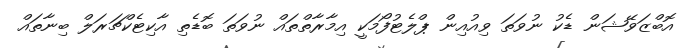
އޮބްޒަވޭޝަން ޑެކު ނުވަތަ ވިއުއިން ޕްލެޓުފޯމަކީ އިމާރާތްތައް ނުވަތަ ބޮޑެތި އާކިޓެކްޗަރަލް ބިނާތައް